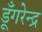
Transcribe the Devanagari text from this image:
डूँगरेन्द्र